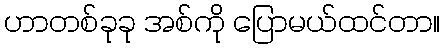
ဟာတစ်ခုခု အစ်ကို ပြောမယ်ထင်တာ။